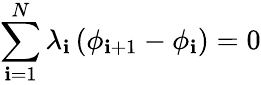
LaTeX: \sum_{\mathbf{i}=1}^{N}\lambda_{\mathbf{i}}\left(\phi_{\mathbf{i}+1}-\phi_{\mathbf{i}}\right)=0